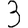
Digit: 3